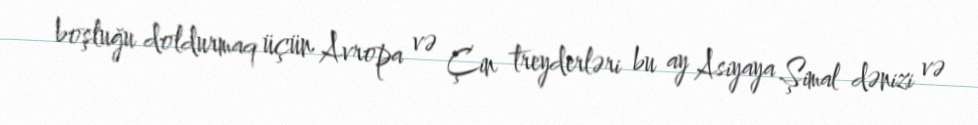
boşluğu doldurmaq üçün Avropa və Çin treyderləri bu ay Asiyaya Şimal dənizi və